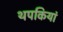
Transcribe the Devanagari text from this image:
थपकियां